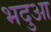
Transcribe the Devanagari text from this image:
भदुआ